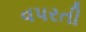
વપરતી